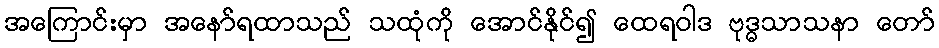
အကြောင်းမှာ အနော်ရထာသည် သထုံကို အောင်နိုင်၍ ထေရဝါဒ ဗုဒ္ဓသာသနာ တော်